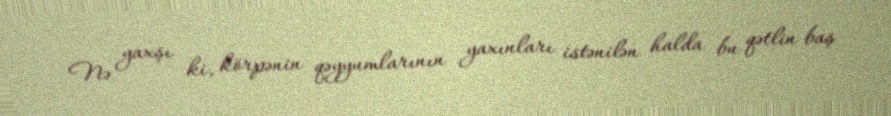
Nə yaxşı ki, körpənin qəyyumlarının yaxınları istənilən halda bu qətlin baş